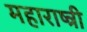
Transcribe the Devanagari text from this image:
महाराष्त्री